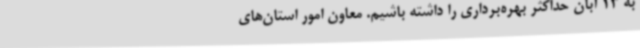
به 13 آبان حداکثر بهره‌برداری را داشته باشیم. معاون امور استان‌های